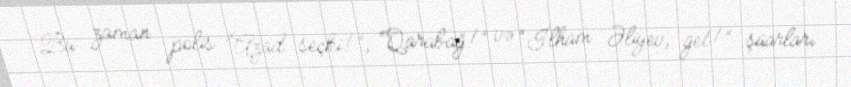
Bu zaman polis “Azad seçki!”, “Qarabağ!” və “İlham Əliyev, get!” şüarları